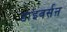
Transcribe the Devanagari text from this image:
डाइवर्सऩ